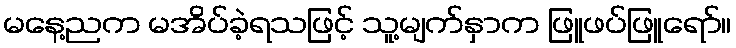
မနေ့ညက မအိပ်ခဲ့ရသဖြင့် သူ့မျက်နှာက ဖြူဖပ်ဖြူရော်။